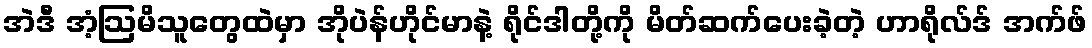
အဲဒီ အံ့ဩမိသူတွေထဲမှာ အိုပဲန်ဟိုင်မာနဲ့ ရိုင်ဒါတို့ကို မိတ်ဆက်ပေးခဲ့တဲ့ ဟာရိုလ်ဒ် အက်ဖ်